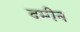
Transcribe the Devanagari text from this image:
दमीन